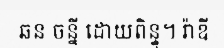
ឆន ចន្នី ដោយពិន្ទុ។ រ៉ាឌី